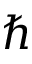
\hbar